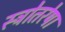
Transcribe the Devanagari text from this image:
स्त्रोतरेषा